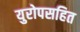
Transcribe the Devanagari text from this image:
युरोपसहित